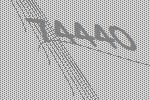
74440